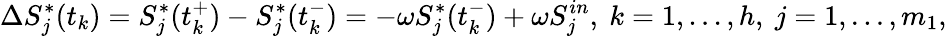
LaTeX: \Delta S_{j}^{*}(t_{k})=S_{j}^{*}(t_{k}^{+})-S_{j}^{*}(t_{k}^{-})=-\omega S_{j}^{*}(t_{k}^{-})+\omega S_{j}^{in},\ k=1,...,h,\ j=1,...,m_{1},